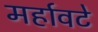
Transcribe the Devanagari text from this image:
मर्हावटे